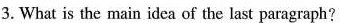
3. What is the main idea of the last paragraph?